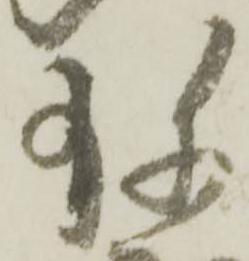
珎